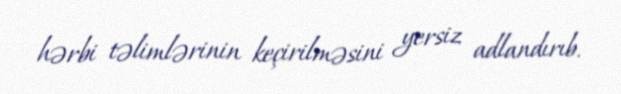
hərbi təlimlərinin keçirilməsini yersiz adlandırıb.